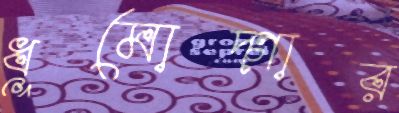
ধূমোদ্গার